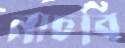
নাচবি